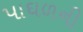
પાઘળની